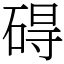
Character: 碍